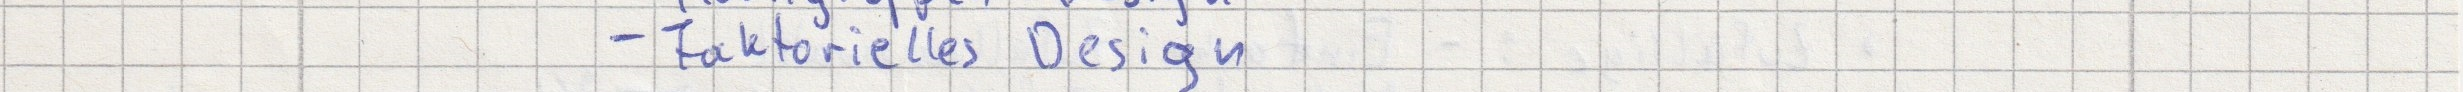
- Faktorielles Design